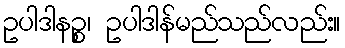
ဥပါဒါနဉ္စ၊ ဥပါဒါန်မည်သည်လည်း။